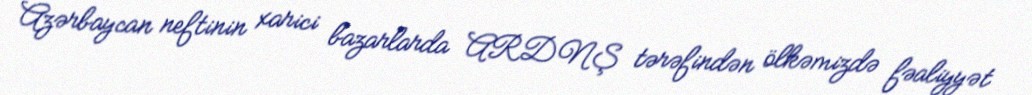
Azərbaycan neftinin xarici bazarlarda ARDNŞ tərəfindən ölkəmizdə fəaliyyət